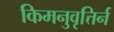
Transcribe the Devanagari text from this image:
किमनुवृत्तिर्न